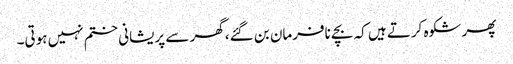
پھر شکوہ کرتے ہیں کہ بچے نافرمان بن گئے، گھر سے پریشانی ختم نہیں ہوتی۔